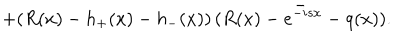
+ ( R ( x ) - h _ { + } ( x ) - h _ { - } ( x ) ) \, \bar { ( R ( x ) - e ^ { - i s x } - q ( x ) ) } .